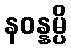
နဝန္နမ္ပိ